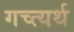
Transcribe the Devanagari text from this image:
गच्त्यर्थ